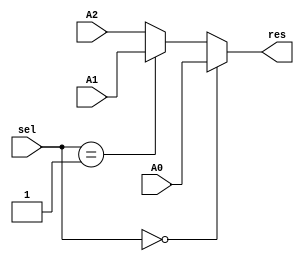
`timescale 1ns / 1ps
//////////////////////////////////////////////////////////////////////////////////
// Company: 
// Engineer: 
// 
// Design Name: 
// Module Name:    mux_3_1_32 
// Project Name: 
// Target Devices: 
// Tool versions: 
// Description: 
//
// Dependencies: 
//
// Revision: 
// Revision 0.01 - File Created
// Additional Comments: 
//
//////////////////////////////////////////////////////////////////////////////////
module mux_3_1_32(A0,A1,A2,sel,res
    );
	 output reg [31:0] res;
	 input [1:0] sel;
	 input [31:0] A0,A1,A2;
	 always @(*)
	 begin
		if(sel==2'b00)
		begin
			res = A0;
		end
		else if(sel==2'b01)
		begin
			res = A1;
		end
		else
		begin
			res = A2;
		end
	 end


endmodule